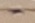
Text: -